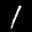
Label: 1